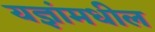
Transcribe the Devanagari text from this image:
यज्ञांमधील